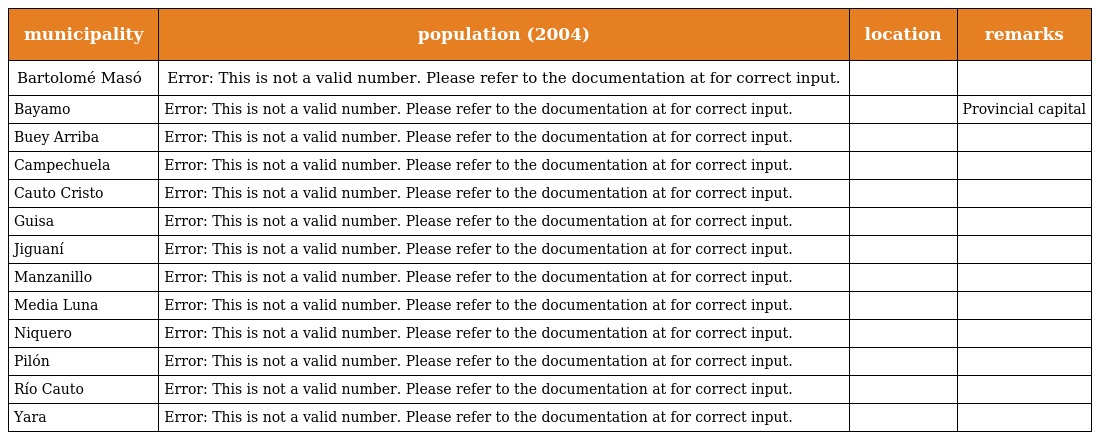
| municipality | population (2004) | location | remarks |
 | --- | --- | --- | --- |
 | Bartolomé Masó | Error: This is not a valid number. Please refer to the documentation at for correct input. |  |  |
 | Bayamo | Error: This is not a valid number. Please refer to the documentation at for correct input. |  | Provincial capital |
 | Buey Arriba | Error: This is not a valid number. Please refer to the documentation at for correct input. |  |  |
 | Campechuela | Error: This is not a valid number. Please refer to the documentation at for correct input. |  |  |
 | Cauto Cristo | Error: This is not a valid number. Please refer to the documentation at for correct input. |  |  |
 | Guisa | Error: This is not a valid number. Please refer to the documentation at for correct input. |  |  |
 | Jiguaní | Error: This is not a valid number. Please refer to the documentation at for correct input. |  |  |
 | Manzanillo | Error: This is not a valid number. Please refer to the documentation at for correct input. |  |  |
 | Media Luna | Error: This is not a valid number. Please refer to the documentation at for correct input. |  |  |
 | Niquero | Error: This is not a valid number. Please refer to the documentation at for correct input. |  |  |
 | Pilón | Error: This is not a valid number. Please refer to the documentation at for correct input. |  |  |
 | Río Cauto | Error: This is not a valid number. Please refer to the documentation at for correct input. |  |  |
 | Yara | Error: This is not a valid number. Please refer to the documentation at for correct input. |  |  |